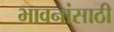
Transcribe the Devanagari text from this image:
भावनांसाठी